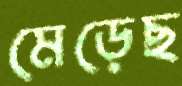
মেড়েছ